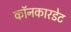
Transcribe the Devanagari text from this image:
कॉनकारडेट